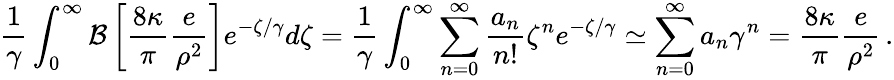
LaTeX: \frac{1}{\gamma}\int_{0}^{\infty}\mathcal{B}\left[\frac{8\kappa}{\pi}\frac{e}{\rho^{2}}\right]e^{-\zeta/\gamma}d\zeta=\frac{1}{\gamma}\int_{0}^{\infty}\sum_{n=0}^{\infty}\frac{a_{n}}{n!}\zeta^{n}e^{-\zeta/\gamma}\simeq\sum_{n=0}^{\infty}a_{n}\gamma^{n}=\frac{8\kappa}{\pi}\frac{e}{\rho^{2}}\, .